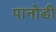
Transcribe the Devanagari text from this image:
पानोडी